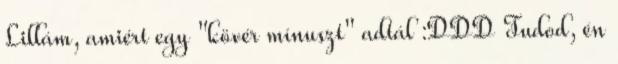
Lillám, amiért egy "kövér mínuszt" adtál :DDD Tudod, én